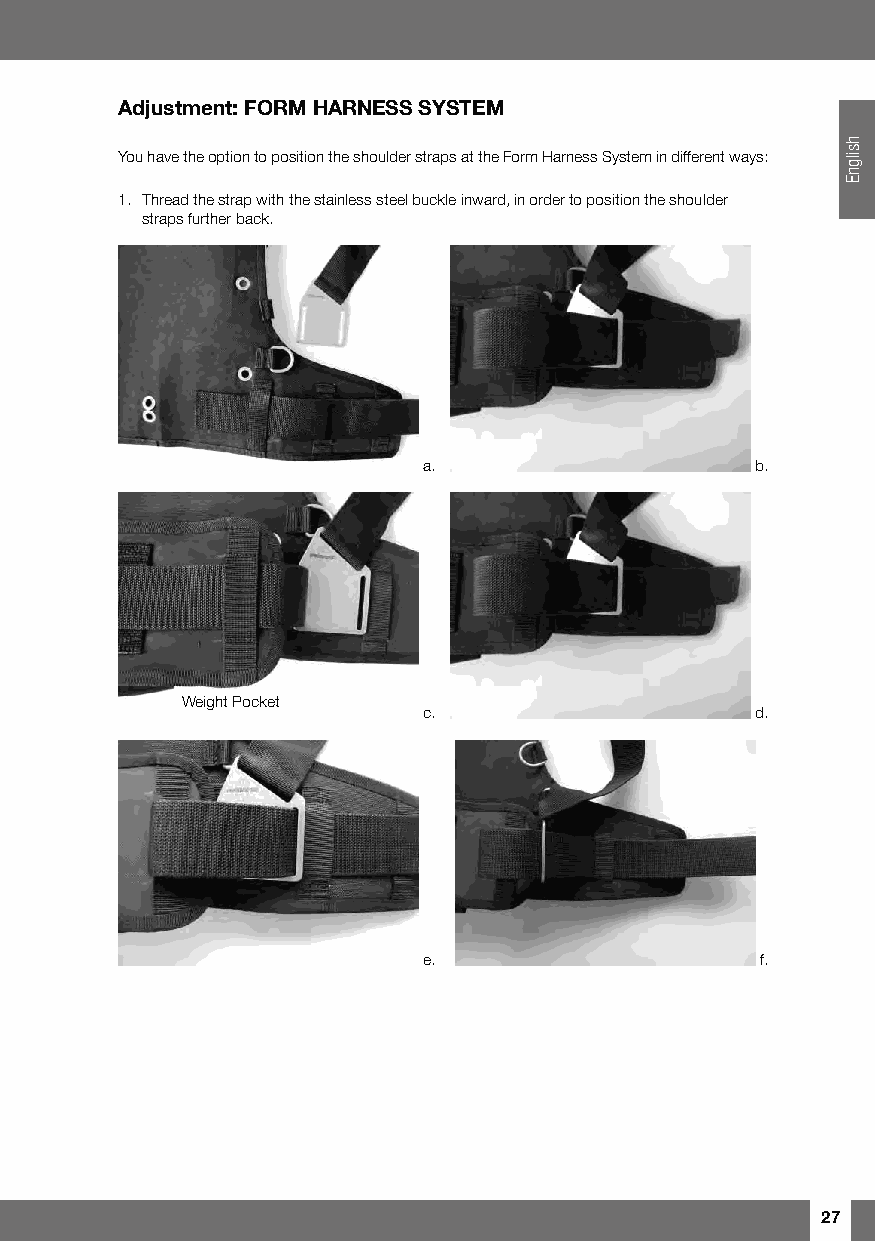
Adjustment: FORM HARNESS SYSTEM
 You have the option to position the shoulder straps at the Form Harness System in different ways:
 1. Thread the strap with the stainless steel buckle inward, in order to position the shoulder
 straps further back.
 a.                    b.
 Weight Pocket
 c.                    d.
 e.                    f.
 27
 hsilgnE